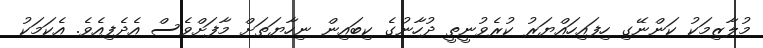
މުލާޒިމަކު ކަންނޭގި ހިފައިހައްޔަރު ކުރެވުނީތީ ދުހާނުގެ ކިބައިން ނިހާޔަތަށް މާފަށްވެސް އެދެފިއެވެ. އެކަމަކު